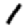
Digit: 1